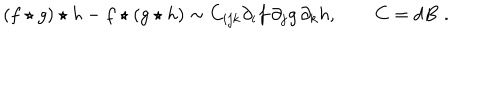
( f \star g ) \star h - f \star ( g \star h ) \sim C _ { i j k } \partial _ { i } f \, \partial _ { j } g \, \partial _ { k } h , \qquad C = d B \, \, .